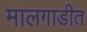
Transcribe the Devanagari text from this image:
मालगाडीत